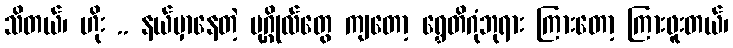
သိတယ်၊ ဟိုး .. နယ်မှာနေတဲ့ ပုဂ္ဂိုလ်တွေ ကျတော့ ရွှေတိဂုံဘုရား ကြားတော့ ကြားဖူးတယ်၊